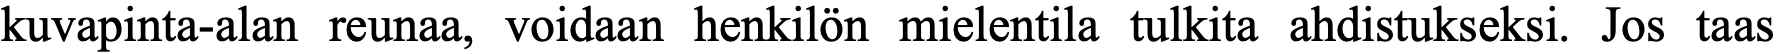
kuvapinta-alan reunaa, voidaan henkilön mielentila tulkita ahdistukseksi. Jos taas